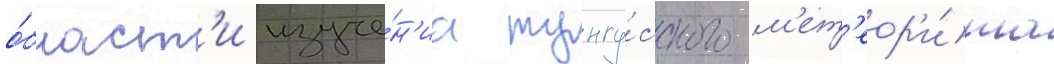
о́бласт'и изуче́н'иа тунгу́сского м'ет'еор'и́та